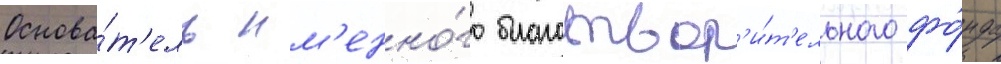
Основа́т'ель им'енно́го благотвор'и́т'ельного фо́нда